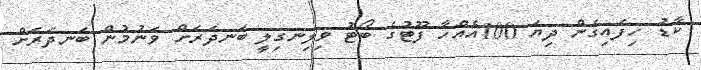
ކާޑު ހިފައިގެން ދިޔަ 100އެއްހާ ފޫޓުގެ ބޯޓު ވިލިނގިލީ ބަނދަރަށް ވަނުމުން ބަނދަރަށް